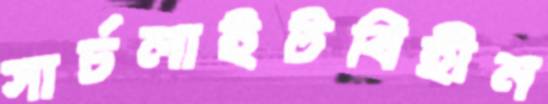
সার্চলাইটবিহীন